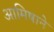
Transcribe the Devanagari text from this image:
आमिषाने